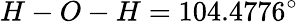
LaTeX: H-O-H=104.4776^{\circ}